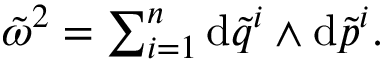
\begin{array} { r } { \tilde { \omega } ^ { 2 } = \sum _ { i = 1 } ^ { n } \mathrm { d } \tilde { q } ^ { i } \wedge \mathrm { d } \tilde { p } ^ { i } . } \end{array}